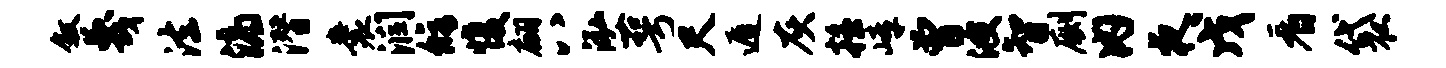
叙蔑法滴潜囊润修愎翩八泓萼尺遁灰摇嶂曾波智劂内夜戊看袋